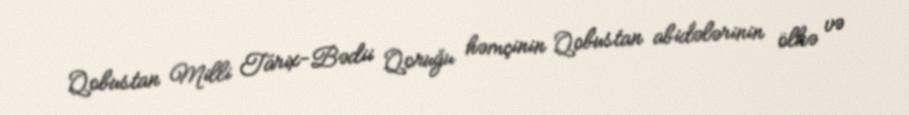
Qobustan Milli Tarix-Bədii Qoruğu həmçinin Qobustan abidələrinin ölkə və